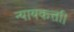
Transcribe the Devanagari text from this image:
न्यायकर्त्ता।